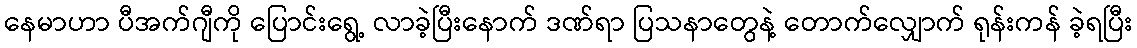
နေမာဟာ ပီအက်ဂျီကို ပြောင်းရွေ့ လာခဲ့ပြီးနောက် ဒဏ်ရာ ပြသနာတွေနဲ့ တောက်လျှောက် ရုန်းကန် ခဲ့ရပြီး